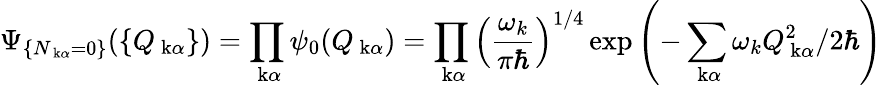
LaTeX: \Psi_{\{ N_{\mathrm{\mathbf~k}\alpha}=0\} }(\{ Q_{\mathrm{\mathbf~k}\alpha}\} )=\prod_{\mathrm{\mathbf~k}\alpha}\psi_{0}(Q_{\mathrm{\mathbf~k}\alpha})=\prod_{\mathrm{\mathbf~k}\alpha}\left(\frac{\omega_{k}}{\pi\hbar}\right)^{1/4}\exp\left(-\sum_{\mathrm{\mathbf~k}\alpha}\omega_{k}Q_{\mathrm{\mathbf~k}\alpha}^{2}/2\hbar\right)